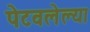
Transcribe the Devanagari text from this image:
पेटवलेल्या